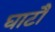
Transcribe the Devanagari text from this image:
घाटौं